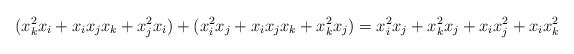
\begin{align*}(x_k^2x_i+x_ix_jx_k+x_j^2x_i )+ (x_i^2x_j + x_ix_jx_k + x_k^2x_j) = x_i^2x_j+x_k^2x_j + x_ix_j^2+x_ix_k^2\end{align*}